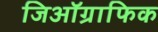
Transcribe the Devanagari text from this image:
जिऑग्राफिक